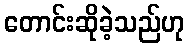
တောင်းဆိုခဲ့သည်ဟု